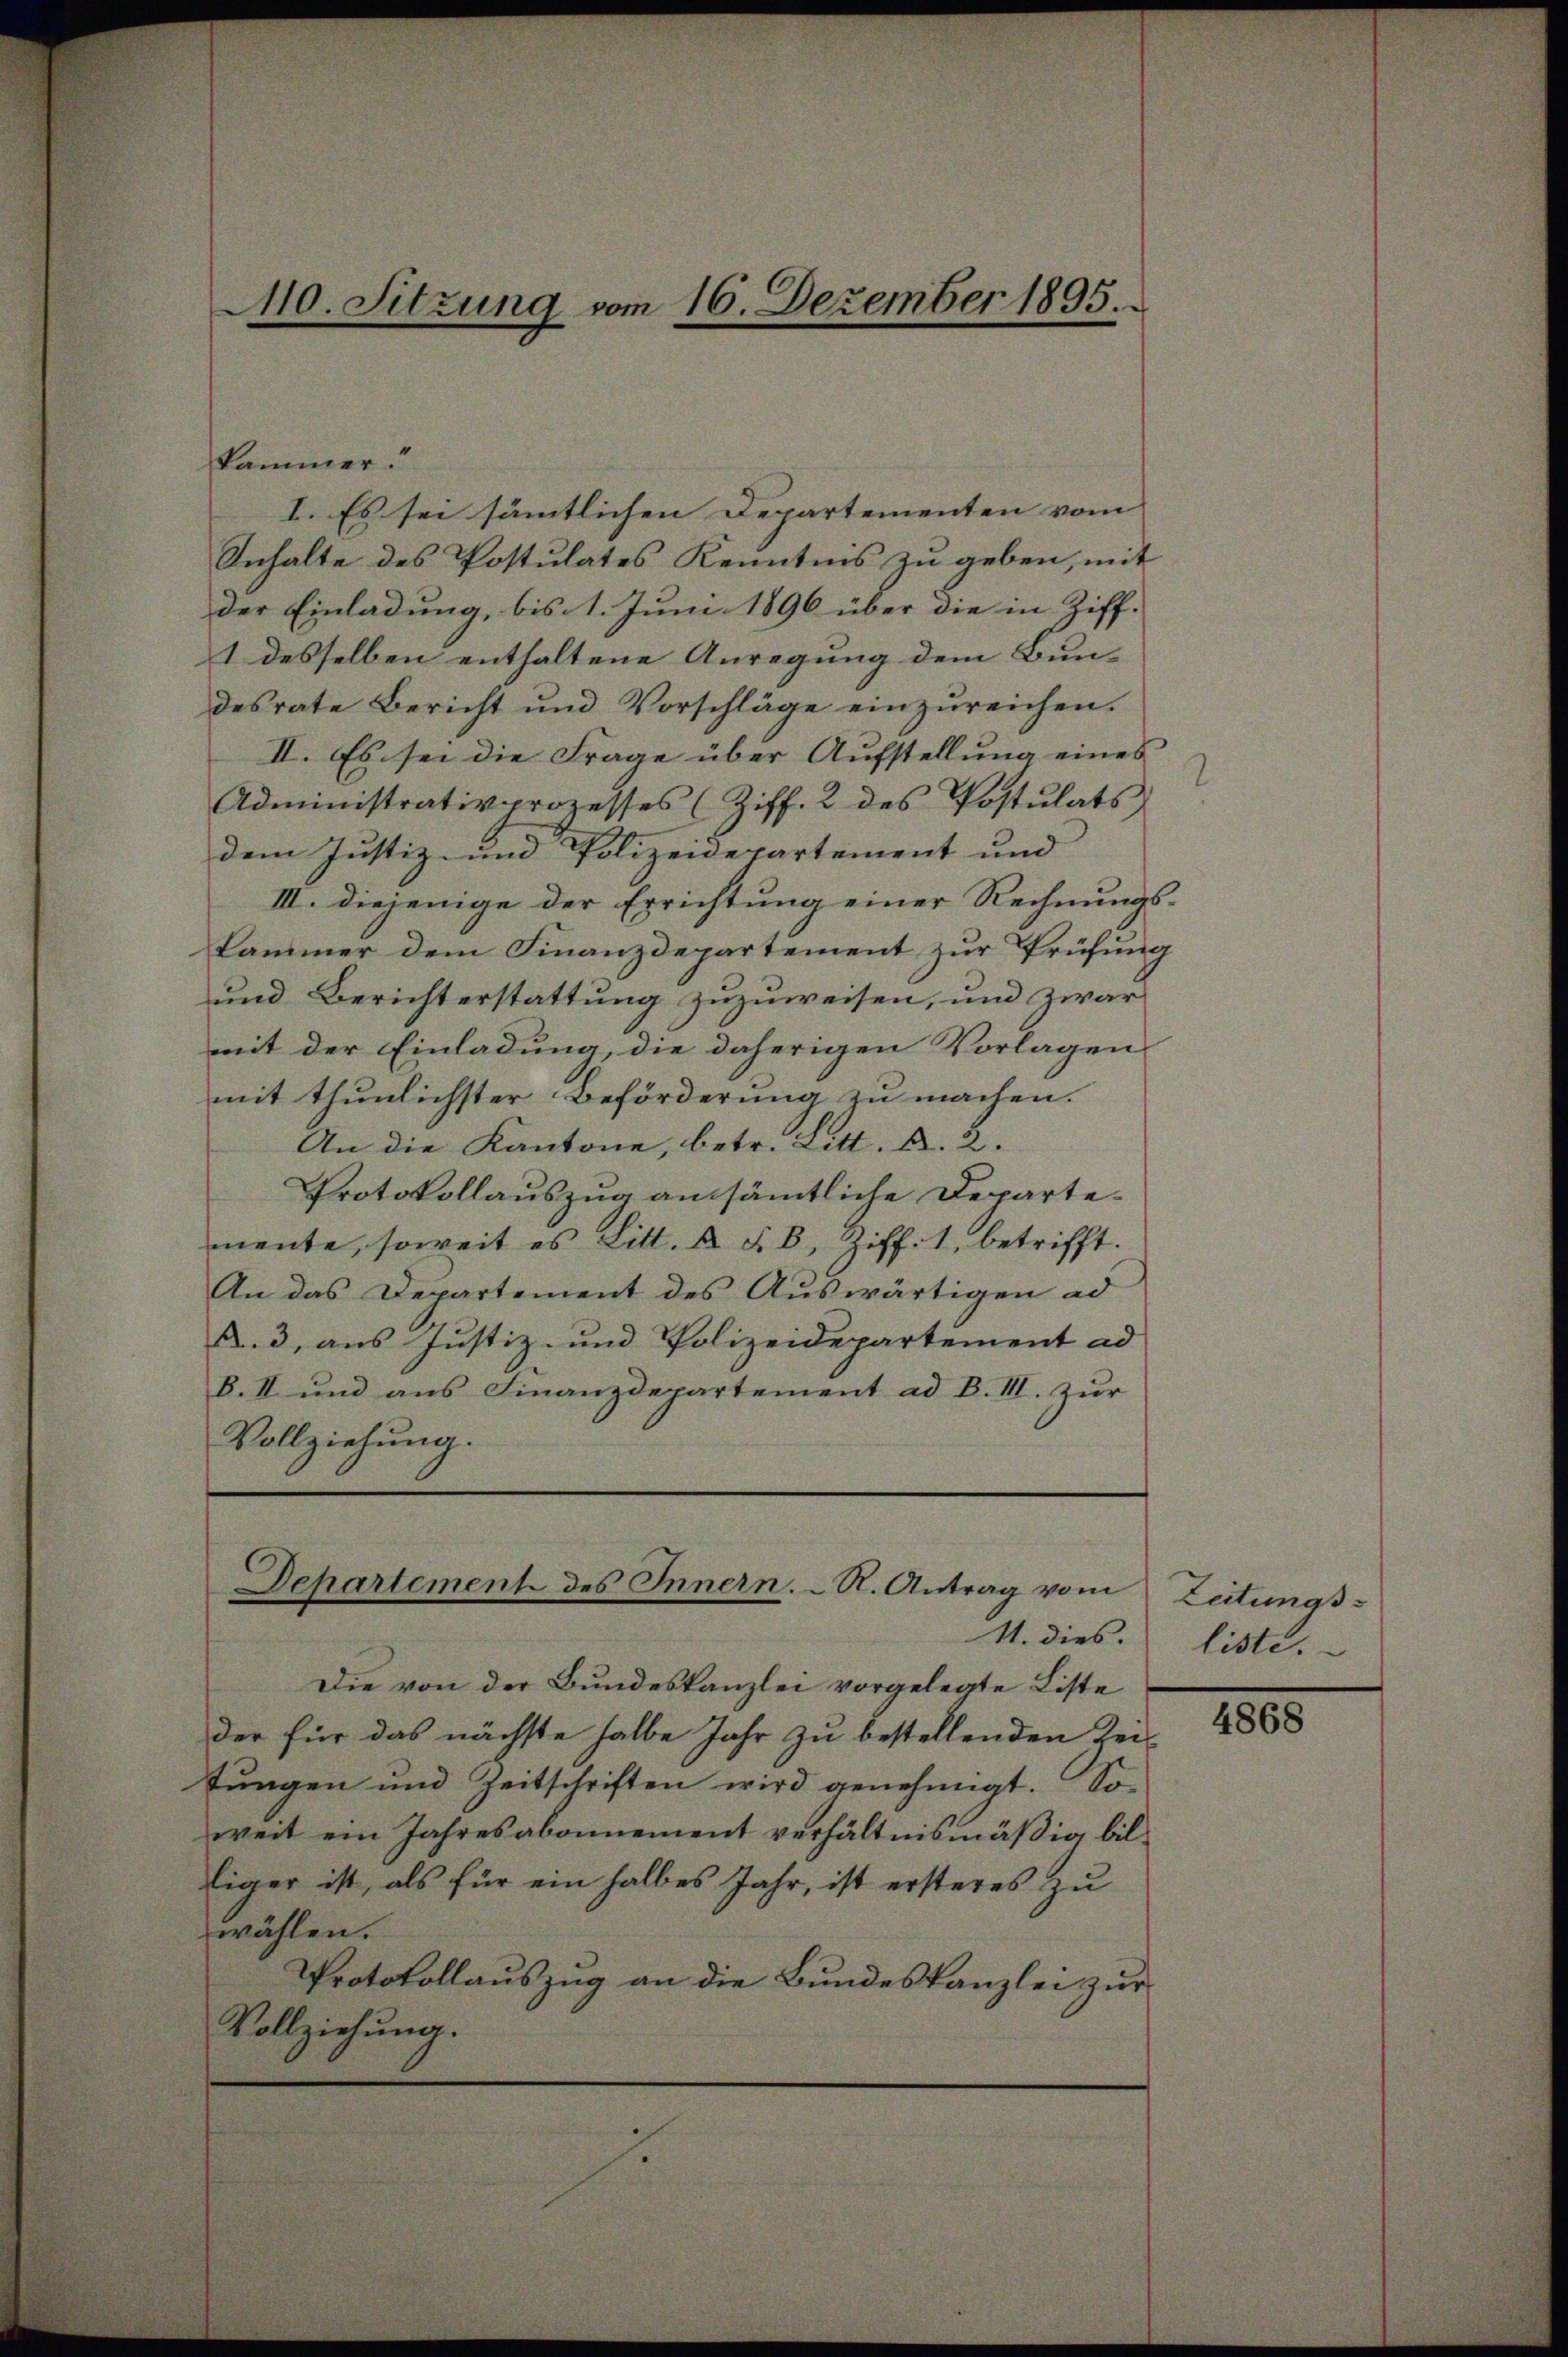
240. Sitzung vom 16. Dezember 1895.

kammer.
I. Es sei sämtlichen Departementen vom |
Inhalte des Postulates Kenntnis zu geben, mit
der Einladung, bis 1. Juni 1896 über die in Ziff-
1 desselben enthaltene Anregung dem Bun- |
desrate Bericht und Vorschläge einzŭreichen.
II. Es sei die Frage über Aufstellung eines
Administrativprozesses (Ziff. 2 des Postulats
dem Justiz- und Polizeidepartement und
III. diejenige der Errichtung einer Rechnungs¬
Cammer dem Finanzdepartement zur Prüfung
und Berichterstattung zuzuweisen, und zwar
mit der Einladung, die daherigen Vorlagen
mit thunlichster Beförderung zu machen.
An die Kantone, betr. Litt. B. 2.
Protokollauszug an sämmtliche Departemente, soweit es Litt. A. F. B. Ziff. 1, betrifft.
An das Departement des Auswärtigen ad
A. 3, aus Justiz- und Polizeidepartement ad
B. II und aus Finanzdepartement ad B. III. zur
Vollziehung.

.

Departement des Innern. R. Antrag vom
M. dies

Die von der Bundeskanzlei vorgelegte Liste
der für das nächste halbe Jahr zu bestellenden Zeitungen und Zeitschriften wird genehmigt. So
weit ein Jahresabonnement verhältnismäßig billiger ist, als für ein halbes Jahr, ist ersteres zu
wählen.
Protokollauszug an die Bundeskanzlei zur
Vollziehung.

Leitungs
liste.

4868